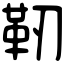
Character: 靭